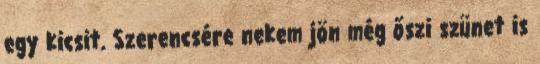
egy kicsit. Szerencsére nekem jön még őszi szünet is